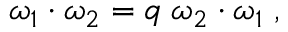
\omega _ { 1 } \cdot \omega _ { 2 } = q \; \omega _ { 2 } \cdot \omega _ { 1 } \; ,